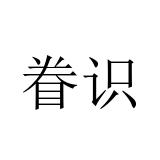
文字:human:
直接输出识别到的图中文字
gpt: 眷识